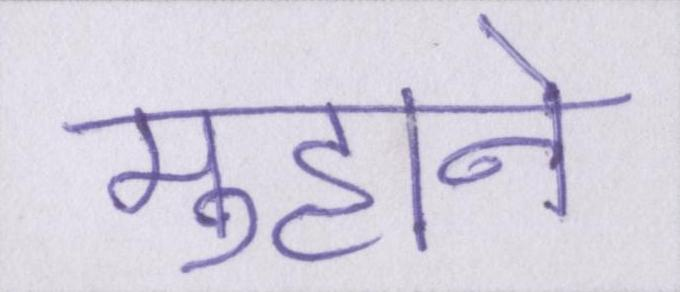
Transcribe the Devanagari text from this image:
मुँहाने